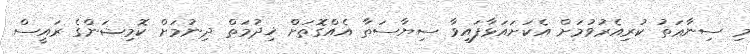
މި ސިނާޢަތު ކުރިއެރުވުމަށް އެކަށައަޅާފައިވާ ސިޔާސަތާ އެއްގޮތަށް ޚިދުމަތް ދިނުމަށް ކޮމިޝަންގެ ރައީސް